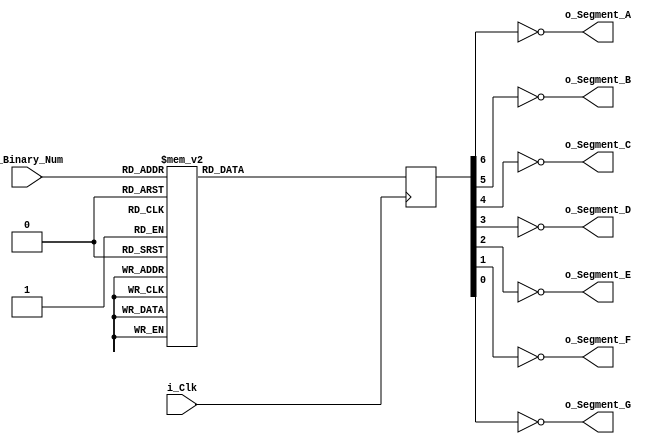
module Binary_To_7Segment (
	input i_Clk,
	input [3:0] i_Binary_Num,
	output o_Segment_A,
	output o_Segment_B,
	output o_Segment_C,
	output o_Segment_D,
	output o_Segment_E,
	output o_Segment_F,
	output o_Segment_G);

	reg [6:0]	r_Hex_Encoding = 7'h00;

	always @(posedge i_Clk)
	begin
		case (i_Binary_Num)
			4'b0000:	r_Hex_Encoding <= 7'h7e;
			4'b0001:	r_Hex_Encoding <= 7'h30;
			4'b0010:	r_Hex_Encoding <= 7'h6d;
			4'b0011:	r_Hex_Encoding <= 7'h79;
			4'b0100:	r_Hex_Encoding <= 7'h33;
			4'b0101:	r_Hex_Encoding <= 7'h5b;
			4'b0110:	r_Hex_Encoding <= 7'h5f;
			4'b0111:	r_Hex_Encoding <= 7'h70;
			4'b1000:	r_Hex_Encoding <= 7'h7f;
			4'b1001:	r_Hex_Encoding <= 7'h7b;
			4'b1010:	r_Hex_Encoding <= 7'h77;
			4'b1011:	r_Hex_Encoding <= 7'h1f;
			4'b1100:	r_Hex_Encoding <= 7'h4e;
			4'b1101:	r_Hex_Encoding <= 7'h3d;
			4'b1110:	r_Hex_Encoding <= 7'h4f;
			4'b1111:	r_Hex_Encoding <= 7'h47;
		endcase
	end

	assign o_Segment_A = ~r_Hex_Encoding[6];
	assign o_Segment_B = ~r_Hex_Encoding[5];
	assign o_Segment_C = ~r_Hex_Encoding[4];
	assign o_Segment_D = ~r_Hex_Encoding[3];
	assign o_Segment_E = ~r_Hex_Encoding[2];
	assign o_Segment_F = ~r_Hex_Encoding[1];
	assign o_Segment_G = ~r_Hex_Encoding[0];

endmodule // Binary_To_7Segment